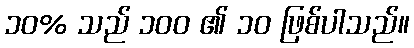
၁၀% သည် ၁၀၀ ၏ ၁၀ ဖြစ်ပါသည်။